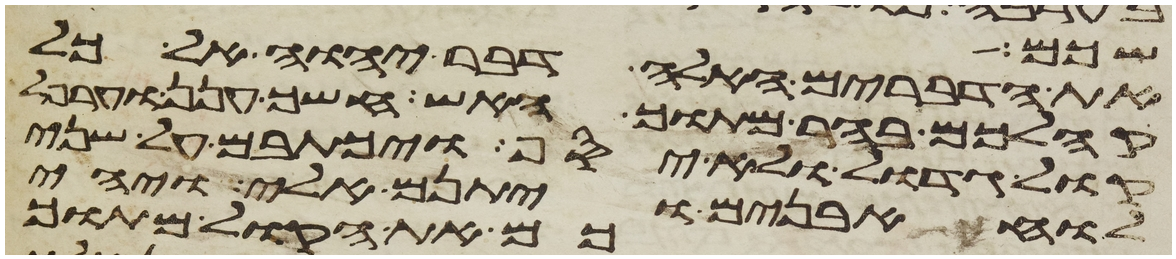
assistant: שכם
את הדברים האלה דבר יהוה אל כל
קהלכם בהר מתוך האש חשך ענן וערפל
קול גדול ולא יסף ויכתבם על שני
לוחת אבנים ויתנם אלי ויהי